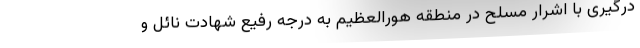
درگیری با اشرار مسلح در منطقه هورالعظیم به درجه رفیع شهادت نائل و